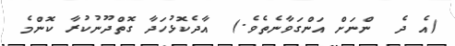
(އެ ދެ  ންނަށް އަންގަވާނެތެވެ.)  އާދެކޮޅުހަދާ ގޮތްދޫނުކުރާ ކޮންމެ